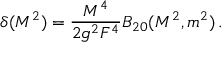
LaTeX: \delta ( M ^ { 2 } ) = \frac { M ^ { 4 } } { 2 g ^ { 2 } F ^ { 4 } } B _ { 2 0 } ( M ^ { 2 } , m ^ { 2 } ) \, .